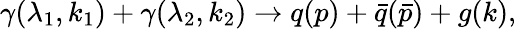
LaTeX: \gamma(\lambda_{1},k_{1})+\gamma(\lambda_{2},k_{2})\to q(p)+\bar{q}(\bar{p})+g(k),